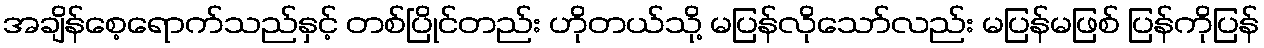
အချိန်စေ့ရောက်သည်နှင့် တစ်ပြိုင်တည်း ဟိုတယ်သို့ မပြန်လိုသော်လည်း မပြန်မဖြစ် ပြန်ကိုပြန်